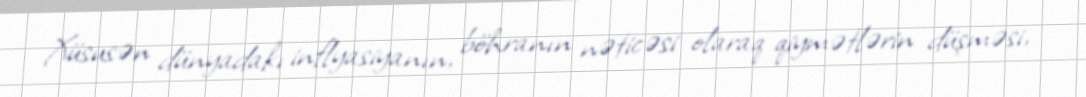
Xüsusən dünyadakı inflyasiyanın, böhranın nəticəsi olaraq qiymətlərin düşməsi,